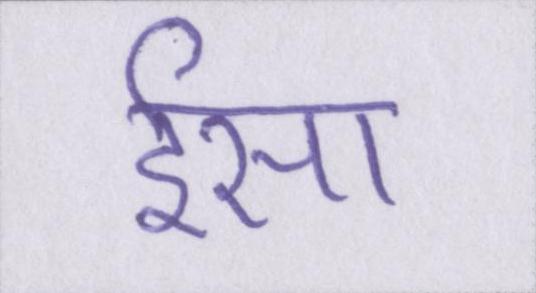
ईसा